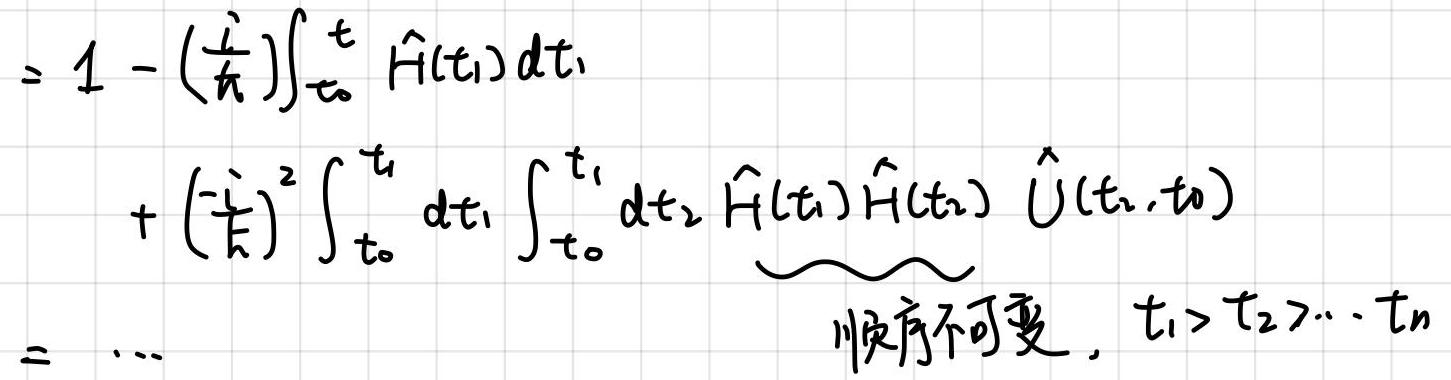
\[
\begin{align*}
&= 1 - \left(\frac{i}{\hbar}\right)\int_{t_0}^{t} \hat{H}(t_1) dt_1 \\
&+ \left(\frac{-i}{\hbar}\right)^2 \int_{t_0}^{t} dt_1 \int_{t_0}^{t_1} dt_2 \hat{H}(t_1) \hat{H}(t_2) \hat{U}(t_2,t_0)
\end{align*}
\]